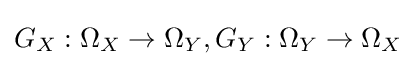
G_{X}:\Omega _{X}\to \Omega _{Y},G_{Y}:\Omega _{Y}\to \Omega _{X}